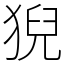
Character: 猊